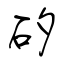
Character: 矽